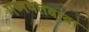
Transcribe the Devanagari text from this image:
गणपतबाबा